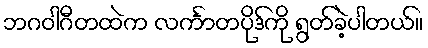
ဘဂဝါဂီတထဲက လင်္ကာတပိုဒ်ကို ရွတ်ခဲ့ပါတယ်။